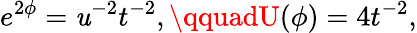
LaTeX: e^{2\phi}=\mathit{u}^{-2}t^{-2},\qquadU(\phi)=4t^{-2},